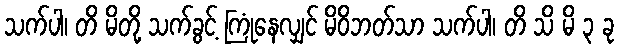
သက်ပါ၊ တိ မိတို့ သက်ခွင့် ကြုံနေလျှင် မိဝိဘတ်သာ သက်ပါ၊ တိ သိ မိ ၃ ခု